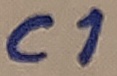
Text: C1